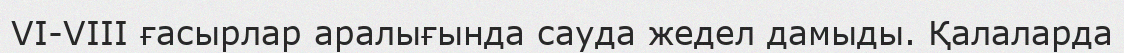
VI-VIII ғасырлар аралығында сауда жедел дамыды. Қалаларда